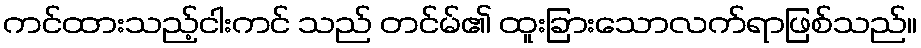
ကင်ထားသည့်ငါးကင် သည် တင်မ်၏ ထူးခြားသောလက်ရာဖြစ်သည်။